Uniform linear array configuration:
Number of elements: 32
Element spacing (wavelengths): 0.25
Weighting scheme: hamming
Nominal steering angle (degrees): -45
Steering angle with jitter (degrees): -45.6
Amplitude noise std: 0.05
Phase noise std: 0.05

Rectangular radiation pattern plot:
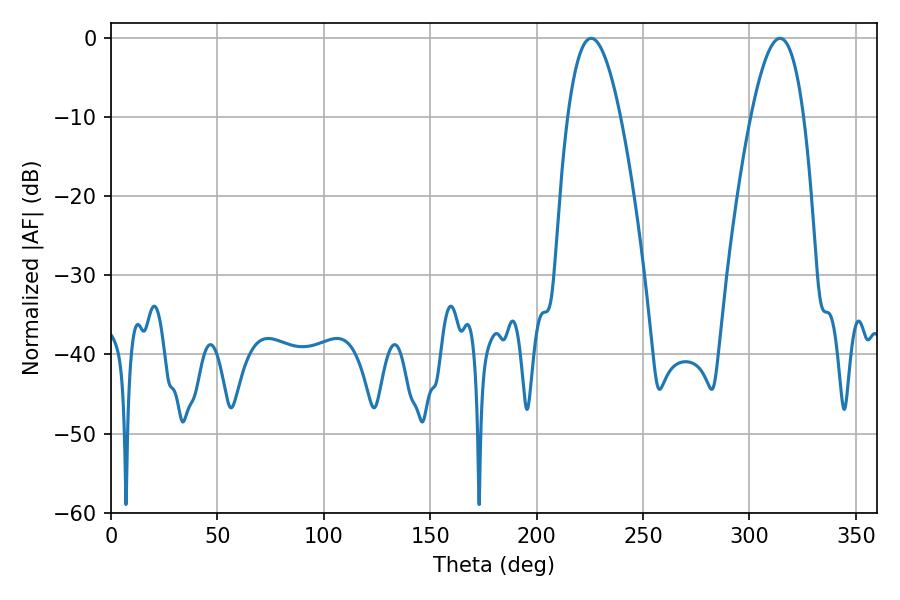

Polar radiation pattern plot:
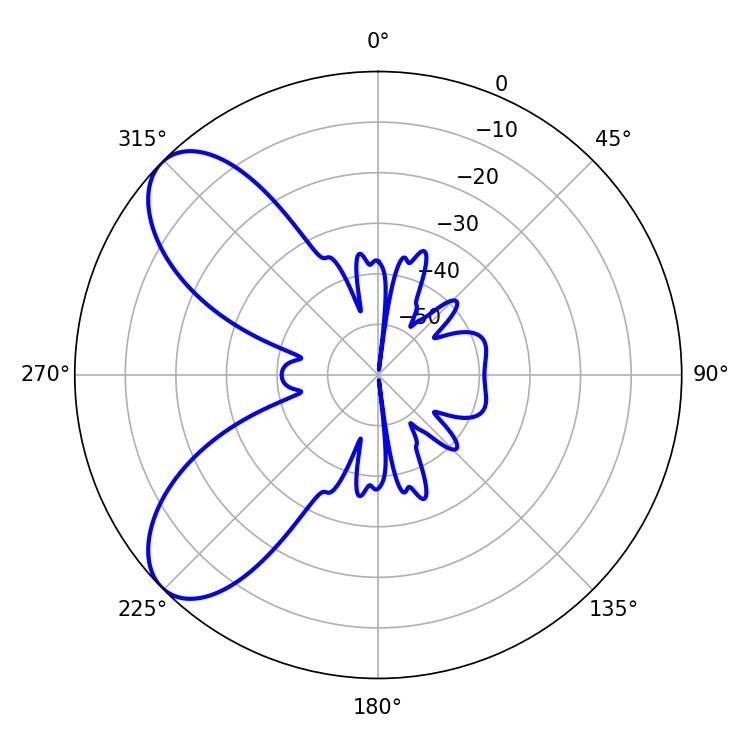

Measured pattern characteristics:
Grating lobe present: FALSE
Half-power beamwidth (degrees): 13.68
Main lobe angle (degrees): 225.54